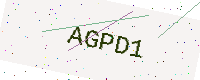
Text: AGPD1